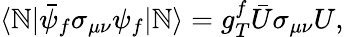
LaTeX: \langle\mathbb{N}|\bar{{\psi}}_{f}\sigma_{\mu\nu}\psi_{f}|\mathbb{N}\rangle=g_{T}^{f}\bar{{U}}\sigma_{\mu\nu}U,